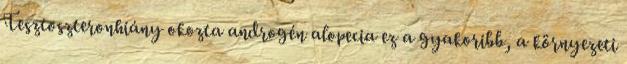
Tesztoszteronhiány okozta androgén alopecia ez a gyakoribb, a környezeti